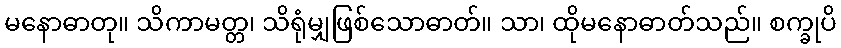
မနောဓာတု။ သိကာမတ္တ၊ သိရုံမျှဖြစ်သောဓာတ်။ သာ၊ ထိုမနောဓာတ်သည်။ စက္ခုပိ